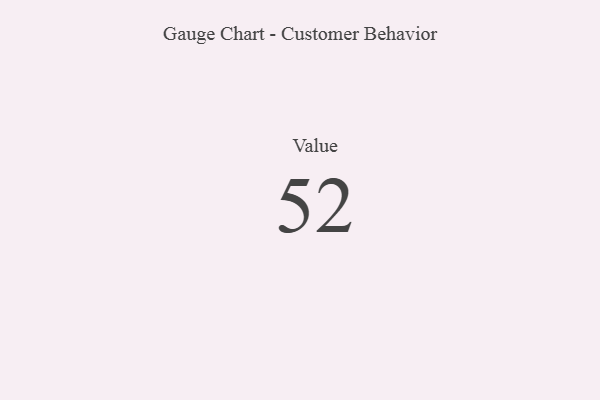
{"axis": {"x": "Metric", "y": "Value"}, "legend": [""], "data": [{"x": "Value", "y": 52, "type": ""}]}